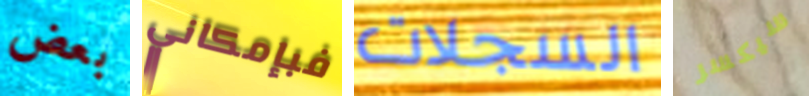
بعض فبإمكاني السجلات سيكسر